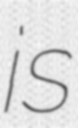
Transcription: is